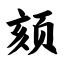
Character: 颏